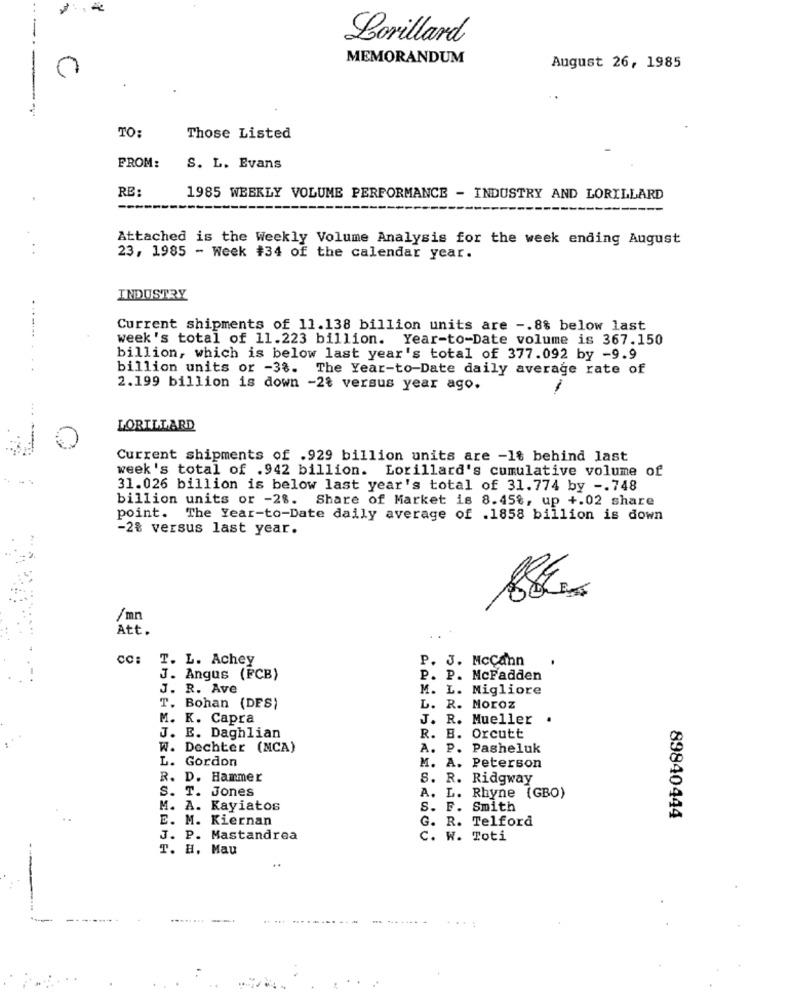
---
Lorillard
MEMORANDUM
August 26, 1985
TO:
Those Listed
FROM:
S. L. Evans
RE:
1985 WEEKLY VOLUME PERFORMANCE - INDUSTRY AND LORILLARD
Attached is the Weekly Volume Analysis for the week ending August
23, 1985 - Week #34 of the calendar year.
INDUSTRY
Current shipments of 11.138 billion units are -. 8% below last
week's total of 11.223 billion. Year-to-Date volume is 367.150
....... .
billion, which is below last year's total of 377.092 by -9.9
billion units or -3%. The Year-to-Date daily average rate of
2.199 billion is down -2% versus year ago.
LORILLARD
Current shipments of .929 billion units are -1% behind last
week's total of .942 billion. Lorillard's cumulative volume of
31.026 billion is below last year's total of 31.774 by -. 748
billion units or -2%. Share of Market is 8.45%, up +.02 share
point. The Year-to-Date daily average of .1858 billion is down
-2% versus last year.
/mn
Att.
CC:
T. L. Achey
P. J. McCann
J. Angus (FCB)
P. P. McFadden
J. R. Ave
M. L. Migliore
T. Bohan (DES)
L. R. Moroz
M. K. Capra
J. R. Mueller .
J. E. Daghlian
R.
B. Orcutt
W. Dechter (MCA)
A. P. Pasheluk
L. Gordon
M. A. Peterson
R. D. Hammer
S. R. Ridgway
S. T. Jones
A. L. Rhyne (GBO)
M. A. Kayiatos
S. F. Smith
E. M. Kiernan
G. R. Telford
89840444
J. P. Mastandrea
C.
W. Toti
T. H. Mau
...